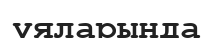
ұяларында